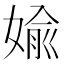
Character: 婾